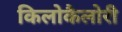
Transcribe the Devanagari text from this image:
किलोकैलोरी